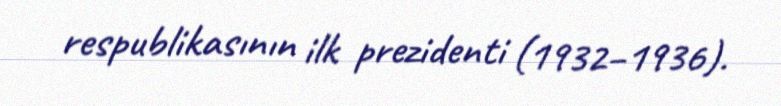
respublikasının ilk prezidenti (1932–1936).